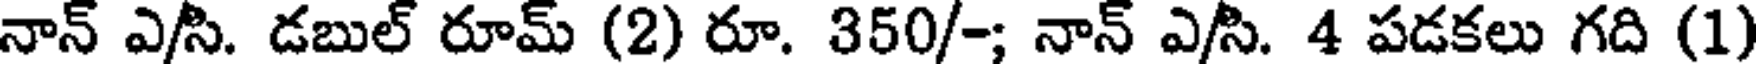
నాన్ ఎ/సి. డబుల్ రూమ్ (2) రూ. 350/-; నాన్ ఎ/సి. 4 పడకలు గది (1)